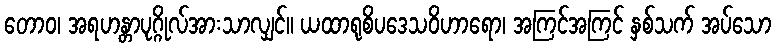
တောဝ၊ အရဟန္တာပုဂ္ဂိုလ်အားသာလျှင်။ ယထာရုစိပဒေသဝိဟာရော၊ အကြင်အကြင် နှစ်သက် အပ်သော